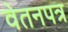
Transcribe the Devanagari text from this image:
वेतनपत्र